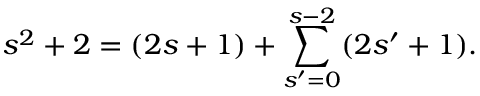
s ^ { 2 } + 2 = ( 2 s + 1 ) + \sum _ { s ^ { \prime } = 0 } ^ { s - 2 } ( 2 s ^ { \prime } + 1 ) .